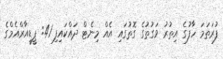
ފުރަތަމަ ހާފުގެ އިތުރު ވަގުތުގެ ގޮތުގައި އެއް މިނެޓް ދައްކައިފި 41: ޕީޑީއާރްއެމްގެ